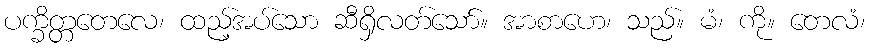
ပက္ခိတ္တတေလေ၊ ထည့်အပ်သော ဆီရှိလတ်သော်။ အာစာဟေ၊ သည်။ မံ၊ ကို။ တေလံ၊